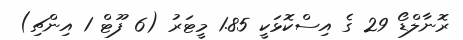
ރޮނާލްޑޯ 29 ގެ އިސްކޮޅަކީ 1.85 މީޓަރު (6 ފޫޓް 1 އިންޗި)